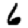
Digit: 6